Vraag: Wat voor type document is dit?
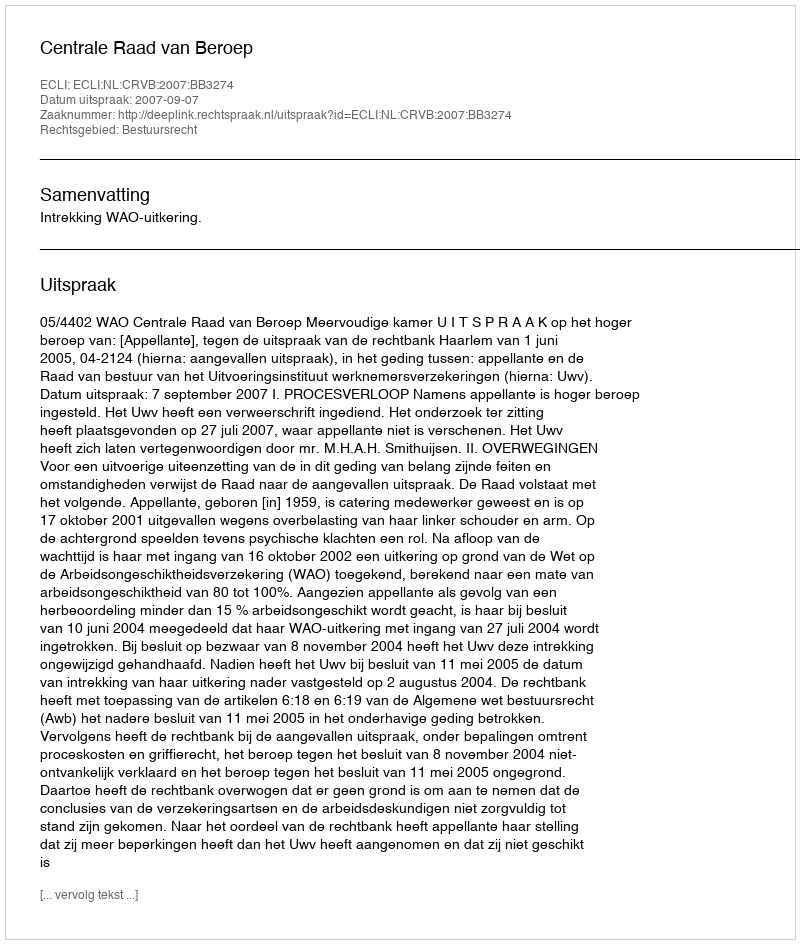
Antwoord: Uitspraak